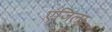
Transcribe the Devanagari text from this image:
एंजिला